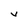
Character: V